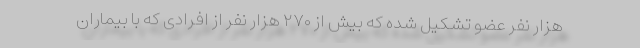
هزار نفر عضو تشکیل شده که بیش از ۲۷۰ هزار نفر از افرادی که با بیماران